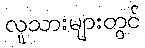
လူသားများတွင်